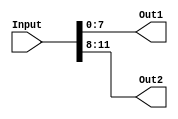
`timescale 1ns / 1ps
//////////////////////////////////////////////////////////////////////////////////
// Company: 
// Engineer: 
// 
// Design Name: 
// Module Name:    BusSplit 
// Project Name: 
// Target Devices: 
// Tool versions: 
// Description: 
//
// Dependencies: 
//
// Revision: 
// Revision 0.01 - File Created
// Additional Comments: 
//
//////////////////////////////////////////////////////////////////////////////////
module BusSplit(
    input [11:0] Input,
    output [7:0] Out1,
    output [3:0] Out2
    );
	 
	 assign Out1 = Input[7:0];
	 assign Out2 = Input[11:8];

endmodule